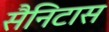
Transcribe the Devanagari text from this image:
सैनिटास